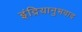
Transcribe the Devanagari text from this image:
इंद्रियानुभवाद